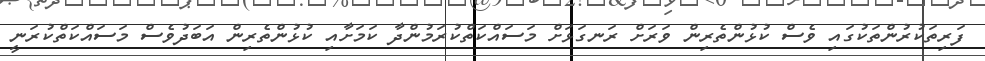
ފަރިތަކުރުންތަކުގައި ވެސް ކުޅުންތެރިން ވަރަށް ރަނގަޅަށް މަސައްކަތްކުރަމުންދާ ކަމަށާއި ކުޅުންތެރިން އަބަދުވެސް މަސައްކަތްކުރަނީ